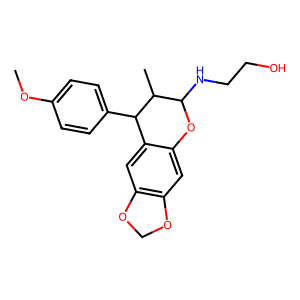
SMILES: COc1ccc(C2c3cc4c(cc3OC(NCCO)C2C)OCO4)cc1
Inhibits HIV replication: No